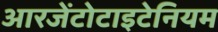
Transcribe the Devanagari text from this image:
आरजेंटोटाइटेनियम